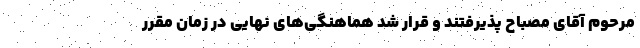
مرحوم آقای مصباح پذیرفتند و قرار شد هماهنگی‌های نهایی در زمان مقرر